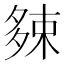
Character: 𡖯